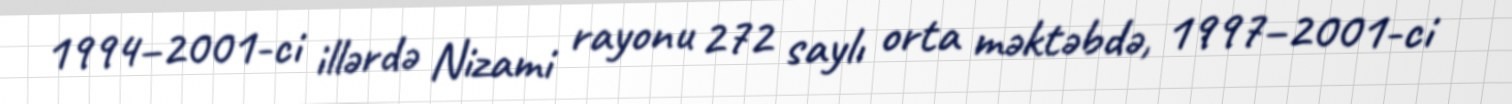
1994–2001-ci illərdə Nizami rayonu 272 saylı orta məktəbdə, 1997–2001-ci